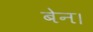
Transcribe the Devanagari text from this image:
बेन।